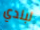
لبلدي